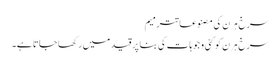
سرخ ہرن کی مصنوعاتترمیم
سرخ ہرن کو کئی وجوہات کی بنا پر قید میں رکھا جاتا ہے۔